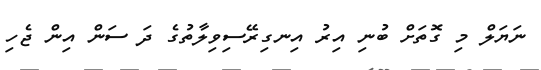
ނަޔަލް މި ގޮތަށް ބުނި އިރު އިނގިރޭސިވިލާތުގެ ދަ ސަން އިން ޖެހި